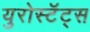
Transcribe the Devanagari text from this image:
युरोस्टॅट्स